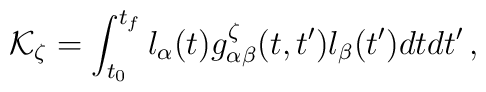
{\cal K}_{\zeta}=\int_{t_0}^{t_f}l_{\alpha}(t)g^{\zeta}_{\alpha\beta}(t,t')l_{\beta}(t')dtdt'\,,